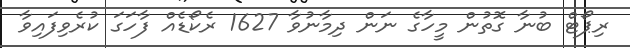
ރިޕޯޓް ބުނާ ގޮތުން މީހާގެ ނަން ދިމާނުވާ 1627 ރެކޯޑެއް ފާހަގަ ކުރެވިފައިވާ